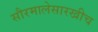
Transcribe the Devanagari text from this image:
सौरमालेसारखीच